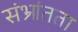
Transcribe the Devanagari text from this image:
संभ्रांतता